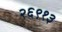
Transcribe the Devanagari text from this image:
२६९१३